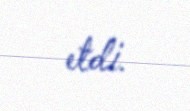
etdi.